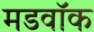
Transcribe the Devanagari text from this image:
मडवॉक